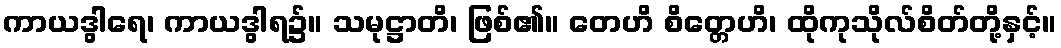
ကာယဒွါရေ၊ ကာယဒွါရ၌။ သမုဋ္ဌာတိ၊ ဖြစ်၏။ တေဟိ စိတ္တေဟိ၊ ထိုကုသိုလ်စိတ်တို့နှင့်။